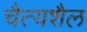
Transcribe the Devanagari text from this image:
चैत्यशैल